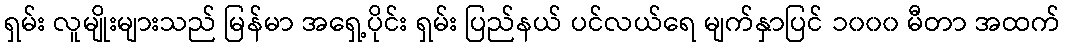
ရှမ်း လူမျိုးများသည် မြန်မာ အရှေ့ပိုင်း ရှမ်း ပြည်နယ် ပင်လယ်ရေ မျက်နှာပြင် ၁၀၀၀ မီတာ အထက်